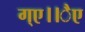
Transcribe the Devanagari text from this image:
ग्ए।।ैए